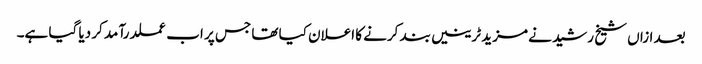
بعد ازاں شیخ رشید نے مزید ٹرینیں بند کرنے کا اعلان کیا تھا جس پر اب عملدرآمد کر دیا گیا ہے۔